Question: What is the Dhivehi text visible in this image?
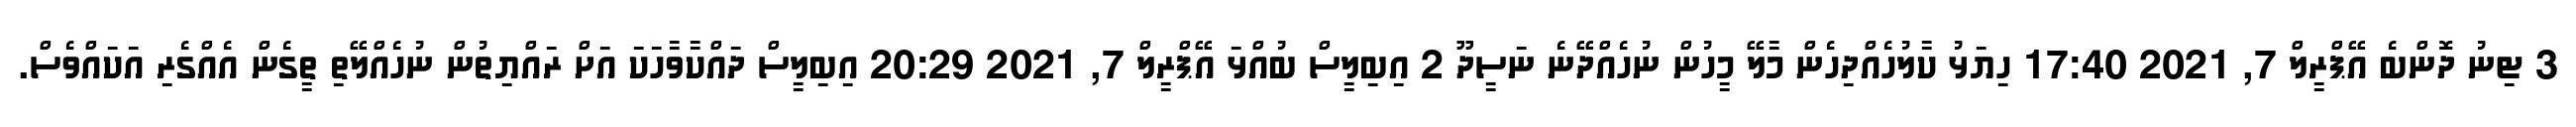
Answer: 3 ޓިނު ދޮންބެ އޭޕްރީލް 7, 2021 17:40 ހިޔަޅު ކާލުހެއްދިހެން މާލޭ މީހުން ނުހެއްދޭނެ ނަސީދޫ 2 އިބިލީސް ބުއްޅަ އޭޕްރީލް 7, 2021 20:29 އިބިލީސް ދައްކާވާހަކަ އަށް ރައްޔިތުން ނުހެއްލޭތި ތީގެން އެއްގެރި އަކައްވެސް.